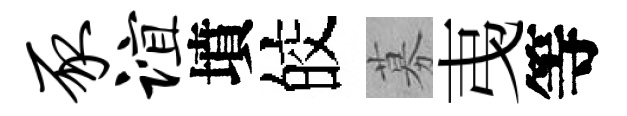
豕谊墳皎募𢎯等